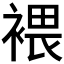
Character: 𧛚